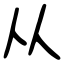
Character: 从